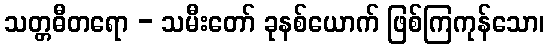
သတ္တဓီတရော - သမီးတော် ခုနစ်ယောက် ဖြစ်ကြကုန်သော၊